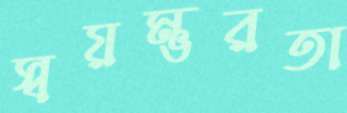
স্বয়ম্ভরতা